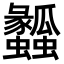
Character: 𤬤